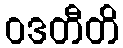
ဝဒတီတိ